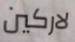
لاركين